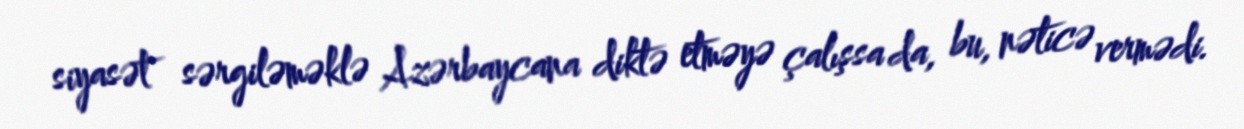
siyasət sərgiləməklə Azərbaycana diktə etməyə çalışsa da, bu, nəticə vermədi.